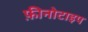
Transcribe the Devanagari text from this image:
फ़ीनोटाइप